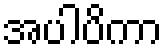
အပါပိကာ